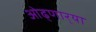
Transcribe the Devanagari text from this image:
ओढ्णार्‍या